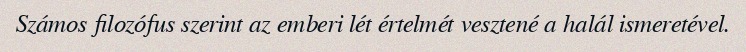
Számos filozófus szerint az emberi lét értelmét vesztené a halál ismeretével.